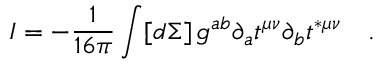
I = - \frac { 1 } { 1 6 \pi } \int [ d \Sigma ] \, g ^ { a b } \partial _ { a } t ^ { \mu \nu } \partial _ { b } t ^ { * \mu \nu } \quad .